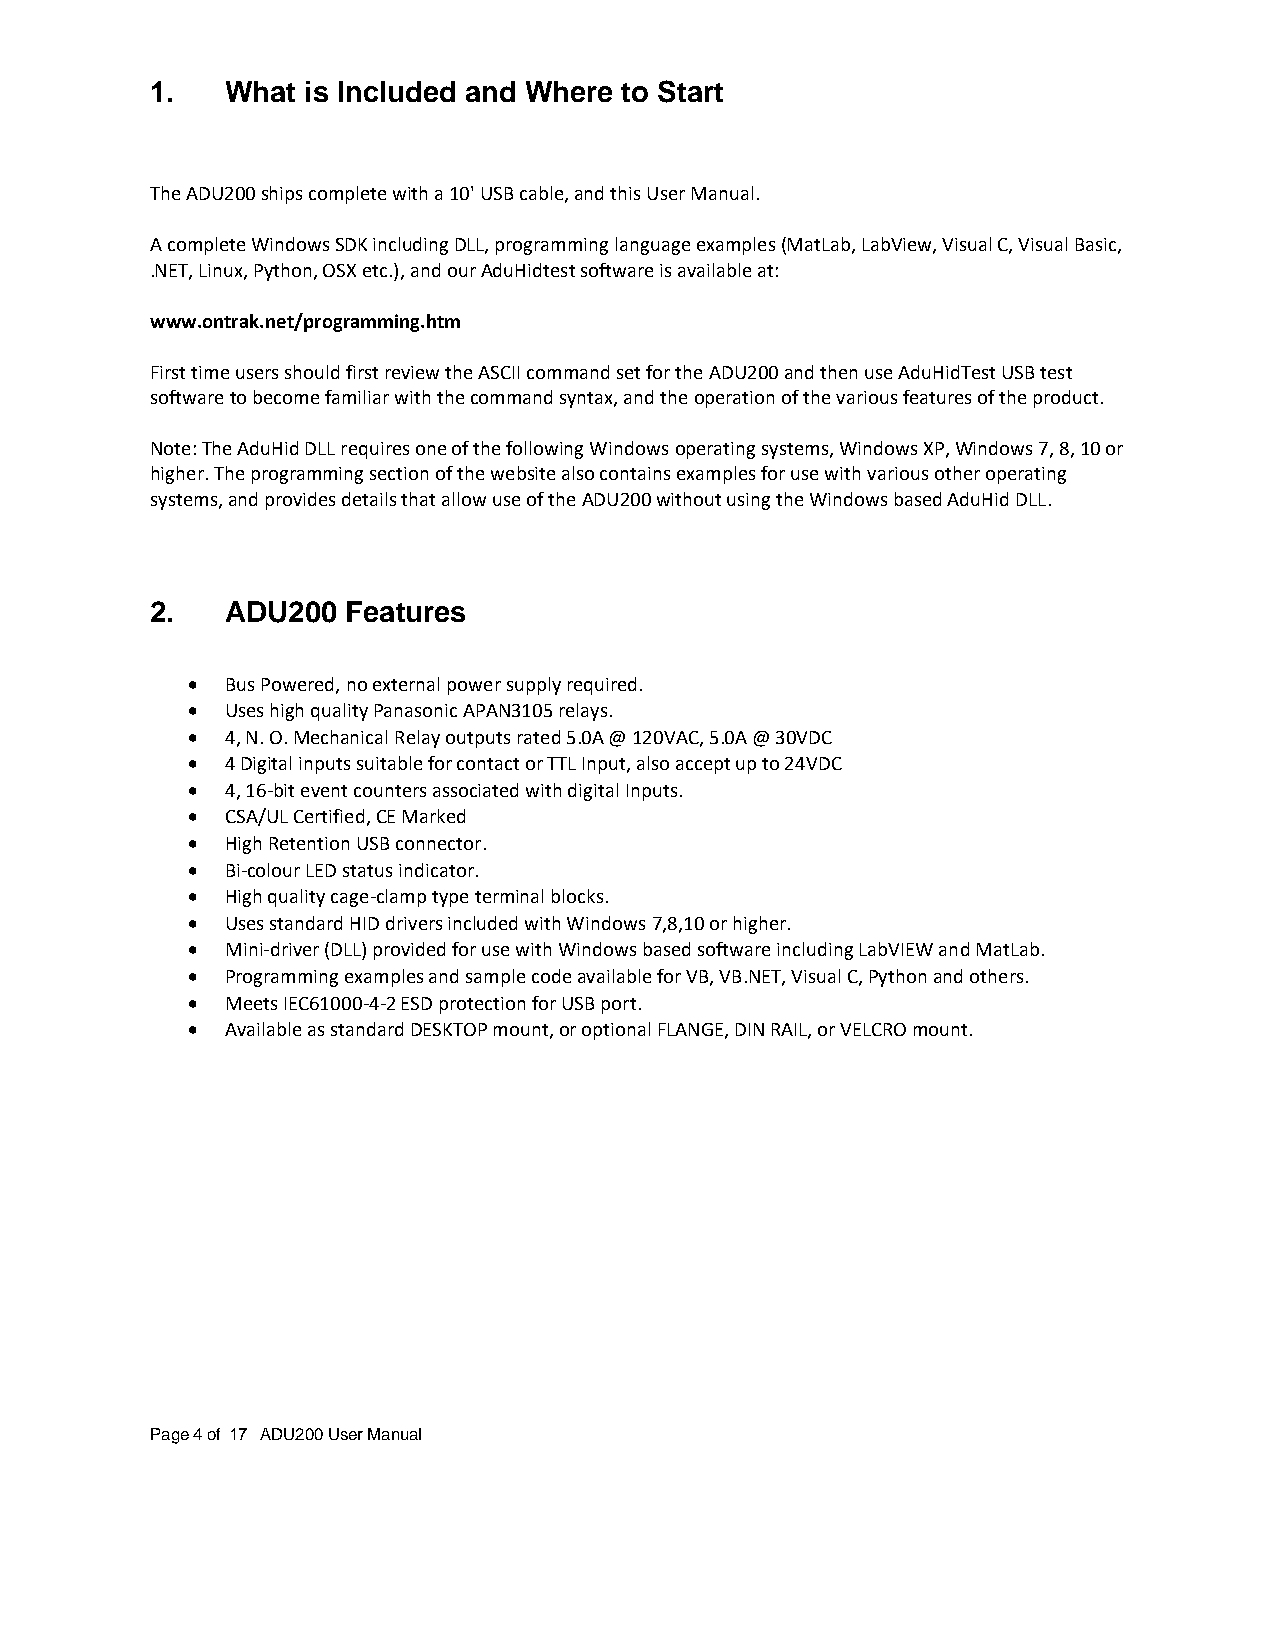
1.   What is Included and Where to Start
 The ADU200 ships complete with a 10' USB cable, and this User Manual.
 A complete Windows SDK including DLL, programming language examples (MatLab, LabView, Visual C, Visual Basic,
 .NET, Linux, Python, OSX etc.), and our AduHidtest software is available at:
 www.ontrak.net/programming.htm
 First time users should first review the ASCII command set for the ADU200 and then use AduHidTest USB test
 software to become familiar with the command syntax, and the operation of the various features of the product.
 Note: The AduHid DLL requires one of the following Windows operating systems, Windows XP, Windows 7, 8, 10 or
 higher. The programming section of the website also contains examples for use with various other operating
 systems, and provides details that allow use of the ADU200 without using the Windows based AduHid DLL.
 2.   ADU200  Features
 •  Bus Powered, no external power supply required.
 •  Uses high quality Panasonic APAN3105 relays.
 •  4, N. O. Mechanical Relay outputs rated 5.0A @ 120VAC, 5.0A @ 30VDC
 •  4 Digital inputs suitable for contact or TTL Input, also accept up to 24VDC
 •  4, 16-bit event counters associated with digital Inputs.
 •  CSA/UL Certified, CE Marked
 •  High Retention USB connector.
 •  Bi-colour LED status indicator.
 •  High quality cage-clamp type terminal blocks.
 •  Uses standard HID drivers included with Windows 7,8,10 or higher.
 •  Mini-driver (DLL) provided for use with Windows based software including LabVIEW and MatLab.
 •  Programming examples and sample code available for VB, VB.NET, Visual C, Python and others.
 •  Meets IEC61000-4-2 ESD protection for USB port.
 •  Available as standard DESKTOP mount, or optional FLANGE, DIN RAIL, or VELCRO mount.
 Page 4 of 17 ADU200 User Manual